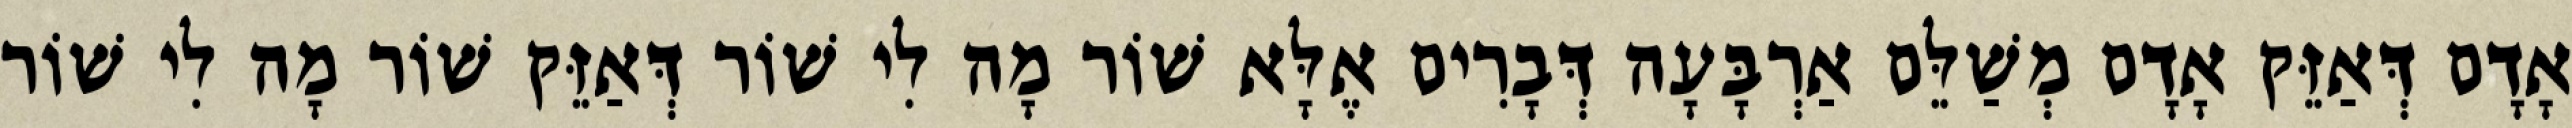
אָדָם דְּאַזֵּק אָדָם מְשַׁלֵּם אַרְבָּעָה דְּבָרִים אֶלָּא שׁוֹר מָה לִי שׁוֹר דְּאַזֵּק שׁוֹר מָה לִי שׁוֹר